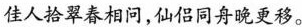
佳人拾翠春相问，仙侣同舟晚更移。